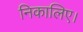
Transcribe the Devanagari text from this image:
निकालिए।